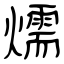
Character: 燸